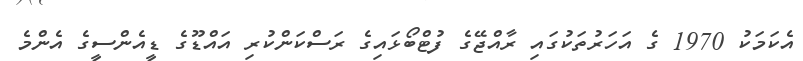
އެކަމަކު 1970 ގެ އަހަރުތަކުގައި ރާއްޖޭގެ ފުޓްބޯޅައިގެ ރަސްކަންކުރި އައްޑޫގެ ޑީއެންސީގެ އެންމެ